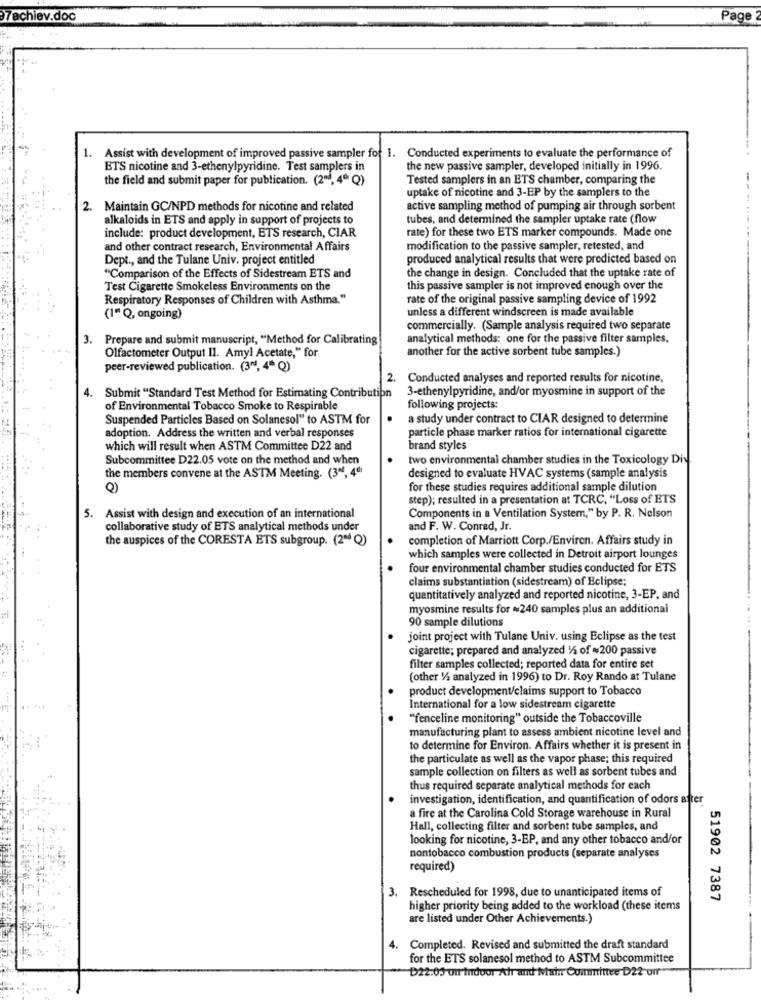
7achiev.doc
Page
1. Assist with development of improved passive sampler for 1. Conducted experiments to evaluate the performance of
ETS nicotine and 3-ethenylpyridine. Test samplers in
the new passive sampler, developed initially in 1996.
the field and submit paper for publication. (2", 4ª Q)
Tested samplers in an ETS chamber, comparing the
uptake of nicotine and 3-EP by the samplers to the
2. Maintain GC/NPD methods for nicotine and related
active sampling method of pumping air through sorbent
alkaloids in ETS and apply in support of projects to
tubes, and determined the sampler uptake rate (flow
include: product development, ETS research, CIAR
rate) for these two ETS marker compounds. Made one
and other contract research, Environmental Affairs
modification to the passive sampler, retested, and
Dept ., and the Tulane Univ. project entitled
produced analytical results that were predicted based on
"Comparison of the Effects of Sidestream ETS and
the change in design. Concluded that the uptake rate of
Test Cigarette Smokeless Environments on the
this passive sampler is not improved enough over the
Respiratory Responses of Children with Asthma."
rate of the original passive sampling device of 1992
unless a different windscreen is made available
(1" Q, ongoing)
commercially. (Sample analysis required two separate
3. Prepare and submit manuscript, "Method for Calibrating
analytical methods: one for the passive filter samples,
Olfactometer Output II. Amyl Acetate," for
another for the active sorbent tube samples.)
peer-reviewed publication. (3", 4ª Q)
2. Conducted analyses and reported results for nicotine,
3-ethenylpyridine, and/or myosmine in support of the
Submit "Standard Test Method for Estimating Contribution
of Environmental Tobacco Smoke to Respirable
following projects:
Suspended Particles Based on Solanesol" to ASTM for
a study under contract to CIAR designed to determine
particle phase marker ratios for international cigarette
adoption. Address the written and verbal responses
which will result when ASTM Committee D22 and
brand styles
Subcommittee D22.05 vote on the method and when
two environmental chamber studies in the Toxicology Div
the members convene at the ASTM Meeting. (3", 4℃)
designed to evaluate HVAC systems (sample analysis
for these studies requires additional sample dilution
step); resulted in a presentation at TCRC, "Loss of ETS
5. Assist with design and execution of an international
Components in a Ventilation System," by P. R. Nelson
collaborative study of ETS analytical methods under
and F. W. Conrad, Jr.
the auspices of the CORESTA ETS subgroup. (2ªª Q)
completion of Marriott Corp./Environ. Affairs study in
which samples were collected in Detroit airport lounges
four environmental chamber studies conducted for ETS
claims substantiation (sidestream) of Eclipse;
quantitatively analyzed and reported nicotine, 3-EP. and
myosmine results for ~240 samples plus an additional
90 sample dilutions
joint project with Tulane Univ. using Eclipse as the test
cigarette; prepared and analyzed 1/2 of =200 passive
filter samples collected; reported data for entire set
(other 1/4 analyzed in 1996) to Dr. Roy Rando at Tulane
product development/claims support to Tobacco
International for a low sidestream cigarette
"fenceline monitoring" outside the Tobaccoville
manufacturing plant to assess ambient nicotine level and
to determine for Environ. Affairs whether it is present in
the particulate as well as the vapor phase; this required
sample collection on filters as well as sorbent tubes and
thus required separate analytical methods for each
investigation, identification, and quantification of odors afrer
a fire at the Carolina Cold Storage warehouse in Rural
Hall, collecting filter and sorbent tube samples, and
looking for nicotine, 3-EP, and any other tobacco and/or
nontobacco combustion products (separate analyses
required)
3. Rescheduled for 1998, due to unanticipated items of
51902 7387
higher priority being added to the workload (these items
are listed under Other Achievements.)
. Completed. Revised and submitted the draft standard
for the ETS solanesol method to ASTM Subcommittee
D22:05 um Indoor Achr and Ntain Committee D22-um